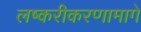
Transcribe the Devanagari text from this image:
लष्करीकरणामागे